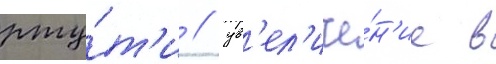
рту́т'и / ув'ел'иче́н'ие в